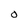
Character: 0